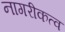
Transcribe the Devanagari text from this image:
नागरीकत्व